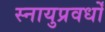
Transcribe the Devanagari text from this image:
स्नायुप्रवर्धों